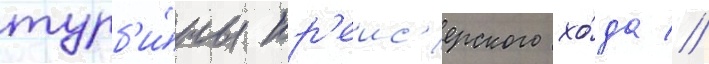
турб'и́ны кр'еис'ерского хо́да //